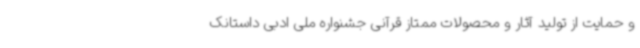
و حمایت از تولید آثار و محصولات ممتاز قرآنی جشنواره ملی ادبی داستانک